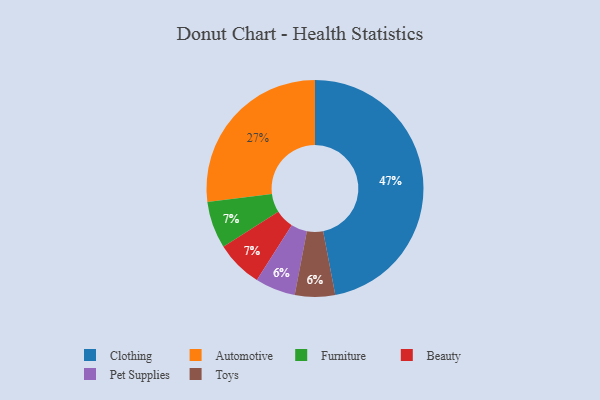
{"axis": {"x": "Category", "y": "Percentage"}, "legend": ["Automotive", "Beauty", "Clothing", "Furniture", "Pet Supplies", "Toys"], "data": [{"x": "Clothing", "y": 47, "type": "Clothing"}, {"x": "Pet Supplies", "y": 6, "type": "Pet Supplies"}, {"x": "Automotive", "y": 27, "type": "Automotive"}, {"x": "Furniture", "y": 7, "type": "Furniture"}, {"x": "Toys", "y": 6, "type": "Toys"}, {"x": "Beauty", "y": 7, "type": "Beauty"}]}